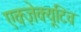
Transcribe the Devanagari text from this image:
एक्ज़ेक्यूटिव